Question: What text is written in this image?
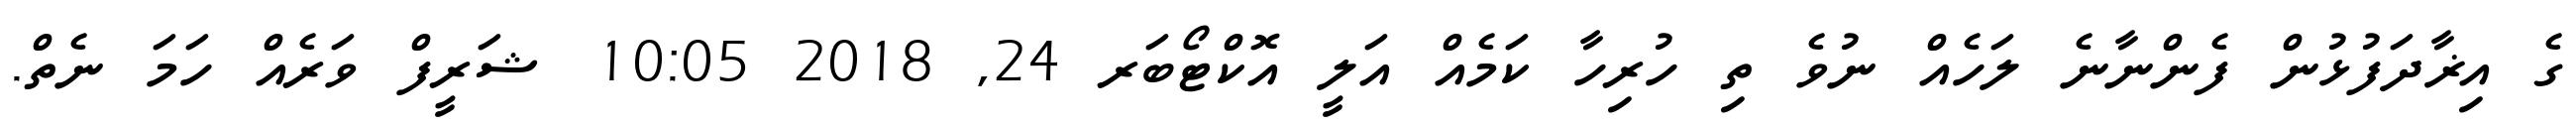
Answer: ގެ އިޜާދަފުޅުން ފެންނާނެ ލަހެއް ނުވެ ތި ހުރިހާ ކަމެއް އަލީ އޮކްޓޯބަރ 24, 2018 10:05 ޝަރީފް ވަރެއް ހަމަ ނެތް.